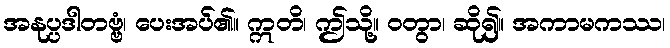
အနုပ္ပဒါတဗ္ဗံ၊ ပေးအပ်၏။ ဣတိ၊ ဤသို့။ ဝတွာ၊ ဆို၍။ အကာမကဿ၊